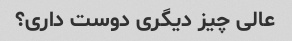
عالی چیز دیگری دوست داری؟